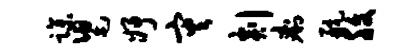
躁舄妤灾剡痢航腹